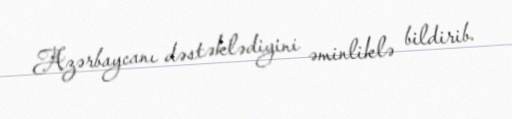
Azərbaycanı dəstəklədiyini əminliklə bildirib.